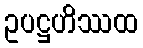
ဥပဋ္ဌဟိဿထ